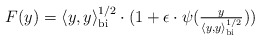
\begin{align*}F(y)=\langle y,y\rangle_{\mathrm{bi}}^{1/2}\cdot(1+\epsilon\cdot\psi(\tfrac{y}{\langle y,y\rangle_{\mathrm{bi}}^{1/2}}))\end{align*}